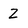
Character: Z